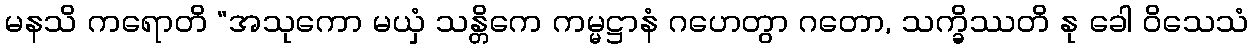
မနသိ ကရောတိ “အသုကော မယှံ သန္တိကေ ကမ္မဋ္ဌာနံ ဂဟေတွာ ဂတော, သက္ခိဿတိ နု ခေါ ဝိသေသံ